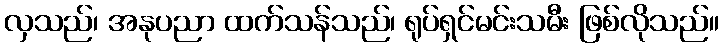
လှသည်၊ အနုပညာ ထက်သန်သည်၊ ရုပ်ရှင်မင်းသမီး ဖြစ်လိုသည်။